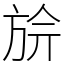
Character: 㫅